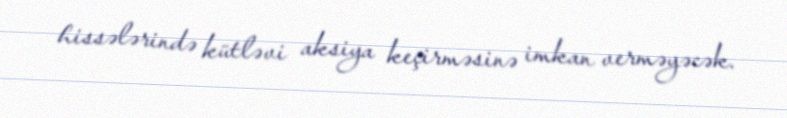
hissələrində kütləvi aksiya keçirməsinə imkan verməyəcək.